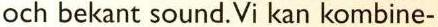
och bekant sound. Vi kan kombine-